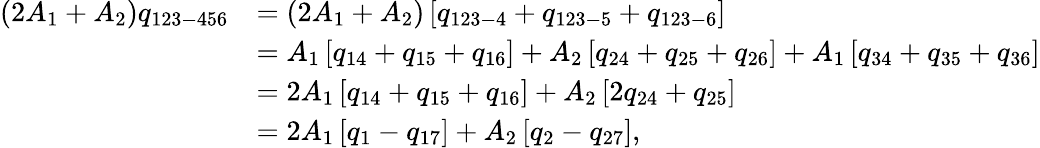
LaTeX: \begin{array}{rl}{(2A_{1}+A_{2})q_{123-456}}&{=(2A_{1}+A_{2})\left[q_{123-4}+q_{123-5}+q_{123-6}\right]}\\ &{=A_{1}\left[q_{14}+q_{15}+q_{16}\right]+A_{2}\left[q_{24}+q_{25}+q_{26}\right]+A_{1}\left[q_{34}+q_{35}+q_{36}\right]}\\ &{=2A_{1}\left[q_{14}+q_{15}+q_{16}\right]+A_{2}\left[2q_{24}+q_{25}\right]}\\ &{=2A_{1}\left[q_{1}-q_{17}\right]+A_{2}\left[q_{2}-q_{27}\right]{,}}\end{array}